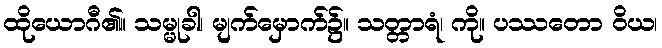
ထိုယောဂီ၏။ သမ္မုခါ၊ မျက်မှောက်၌။ သတ္တာရံ၊ ကို။ ပဿတော ဝိယ၊